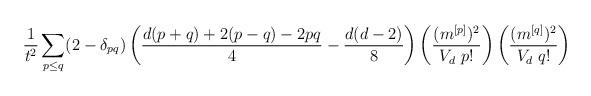
LaTeX: \begin{align*}\frac{1}{t^2} \sum_{p\le q} (2-\delta_{pq})\left(\frac{d(p+q)+2(p-q)-2pq}{4}-\frac{d(d-2)}{8}\right)\left(\frac{(m^{[p]})^2}{V_d~p!}\right)\left(\frac{(m^{[q]})^2}{V_d~q!}\right)\end{align*}